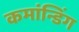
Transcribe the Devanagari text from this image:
कमांन्डिंग